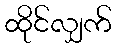
ထိုင်လျှက်